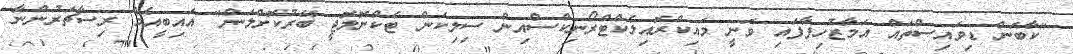
"ކާބަން ޑިވައިސްތައް އަމާޒުހިފާފައި ވަނީ މައިކްރޮއިލެކްޓްރޯނިކްސްއިން ސިލިކަން ޓެކްނޮލޮޖީ ބޭރުކޮށްލަން" އައިބީއެމް ރިސާޗަރުންނާ